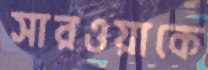
সারওয়াকে